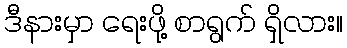
ဒီနားမှာ ရေးဖို့ စာရွက် ရှိလား။